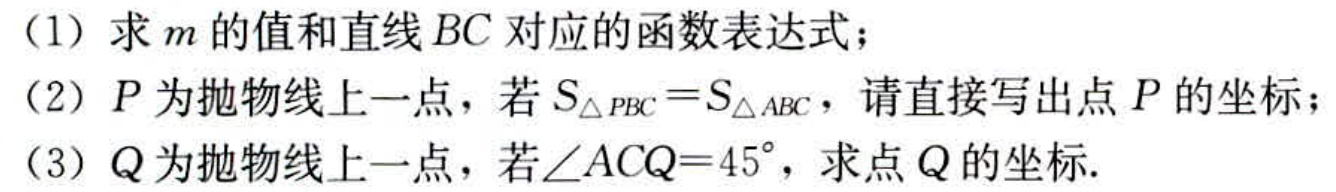
(1) 求 \(m\) 的值和直线 \(BC\) 对应的函数表达式；
(2) \(P\) 为抛物线上一点，若 \(S_{\triangle PBC}=S_{\triangle ABC}\)，请直接写出点 \(P\) 的坐标；
(3) \(Q\) 为抛物线上一点，若 \(\angle ACQ = 45^{\circ}\)，求点 \(Q\) 的坐标.